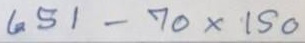
651 - 70 x 150